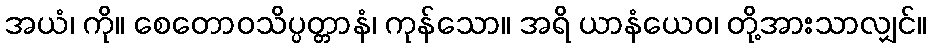
အယံ၊ ကို။ စေတောဝသိပ္ပတ္တာနံ၊ ကုန်သော။ အရိ ယာနံယေဝ၊ တို့အားသာလျှင်။